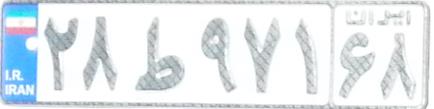
۲۸ط۹۷۱۶۸